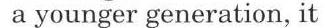
 a younger generation, it